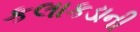
કલાકડાની